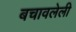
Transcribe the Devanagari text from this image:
बचावलेली